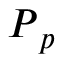
\boldsymbol { P } _ { p }